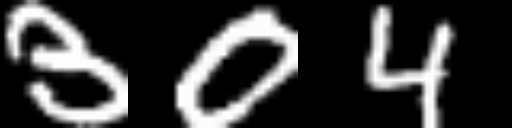
Text: 304